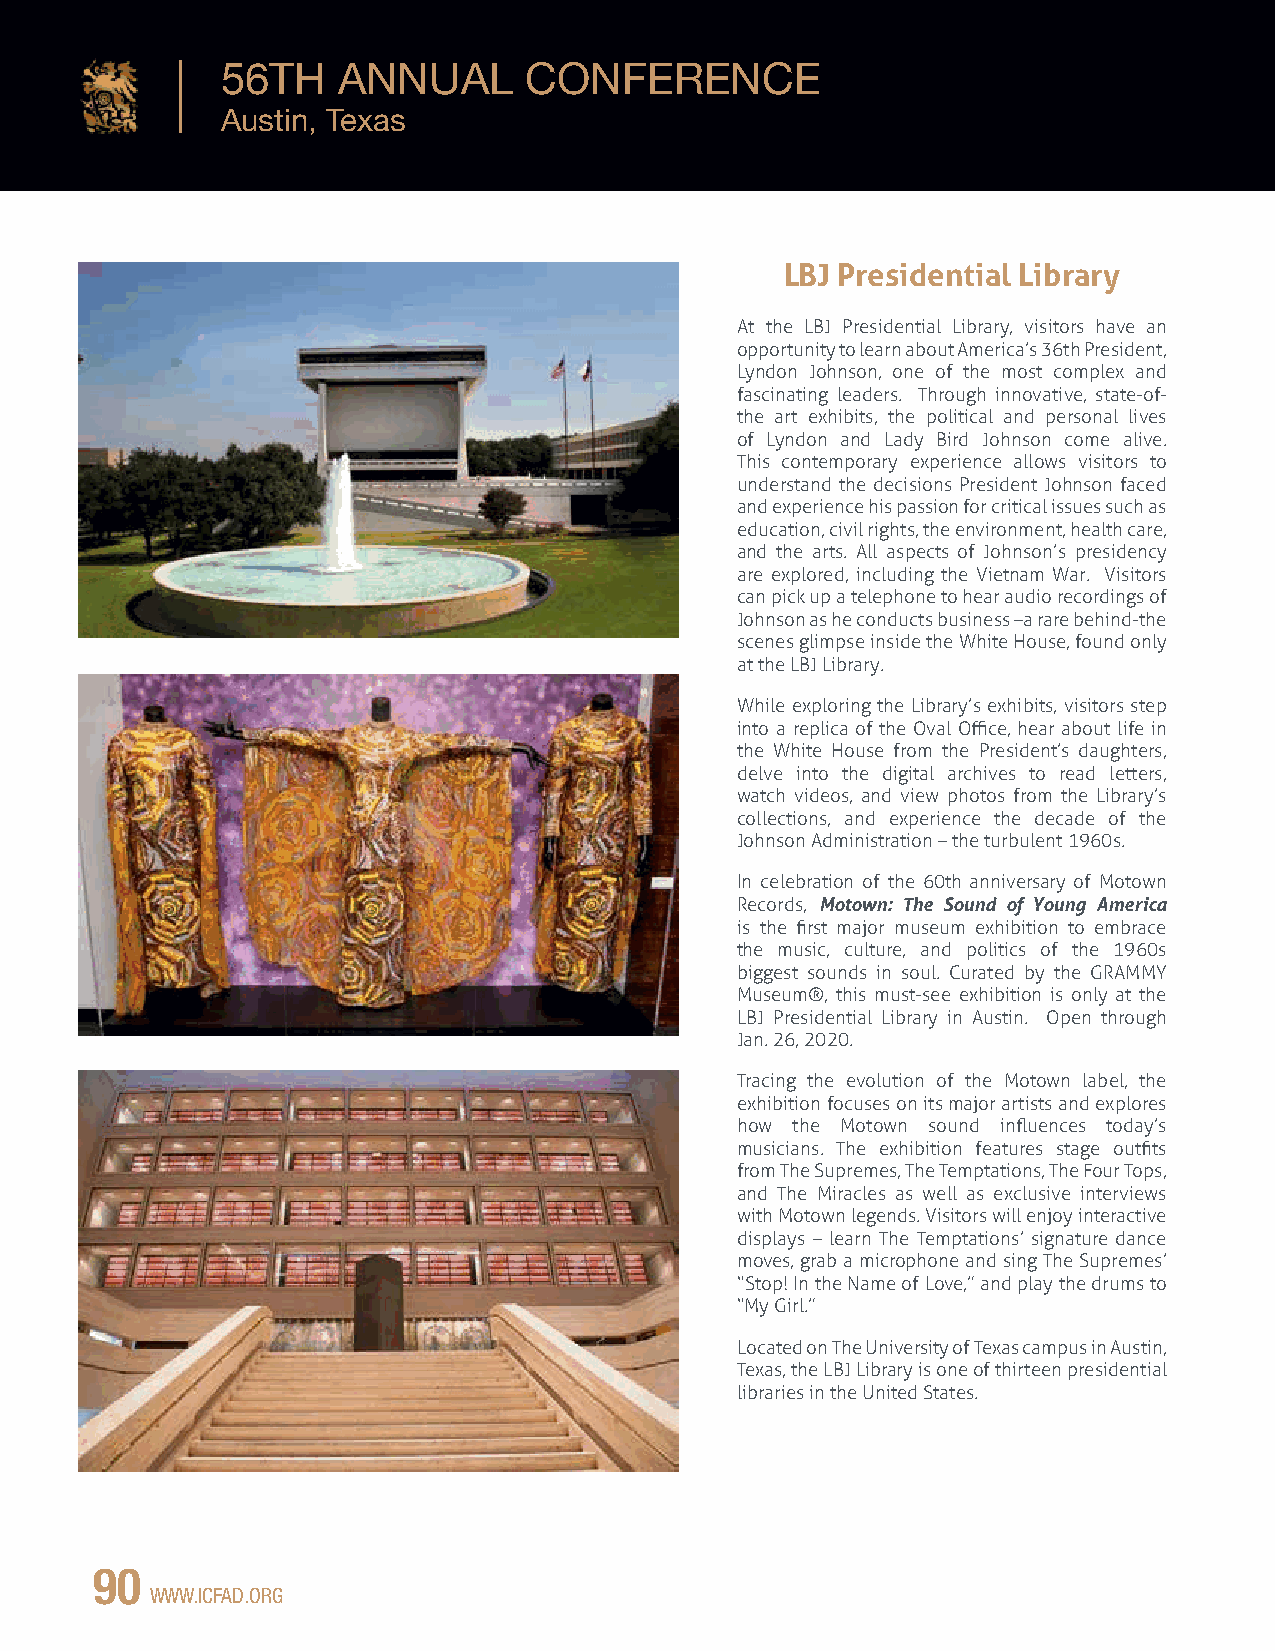
56TH   ANNUAL       CONFERENCE
 Austin, Texas
 LBJ Presidential Library
 At the LBJ Presidential Library, visitors have an
 opportunity to learn about America’s 36th President,
 Lyndon Johnson, one of the most complex and
 fascinating leaders. Through innovative, state-of-
 the art exhibits, the political and personal lives
 of Lyndon and Lady Bird Johnson come alive.
 This contemporary experience allows visitors to
 understand the decisions President Johnson faced
 and experience his passion for critical issues such as
 education, civil rights, the environment, health care,
 and the arts. All aspects of Johnson’s presidency
 are explored, including the Vietnam War. Visitors
 can pick up a telephone to hear audio recordings of
 Johnson as he conducts business –a rare behind-the
 scenes glimpse inside the White House, found only
 at the LBJ Library.
 While exploring the Library’s exhibits, visitors step
 into a replica of the Oval Office, hear about life in
 the White House from the President’s daughters,
 delve into the digital archives to read letters,
 watch videos, and view photos from the Library’s
 collections, and experience the decade of the
 Johnson Administration – the turbulent 1960s.
 In celebration of the 60th anniversary of Motown
 Records, Motown: The Sound of Young America
 is the first major museum exhibition to embrace
 the music, culture, and politics of the 1960s
 biggest sounds in soul. Curated by the GRAMMY
 Museum®, this must-see exhibition is only at the
 LBJ Presidential Library in Austin. Open through
 Jan. 26, 2020.
 Tracing the evolution of the Motown label, the
 exhibition focuses on its major artists and explores
 how the Motown sound influences today’s
 musicians. The exhibition features stage outfits
 from The Supremes, The Temptations, The Four Tops,
 and The Miracles as well as exclusive interviews
 with Motown legends. Visitors will enjoy interactive
 displays – learn The Temptations’ signature dance
 moves, grab a microphone and sing The Supremes’
 “Stop! In the Name of Love,” and play the drums to
 “My Girl.”
 Located on The University of Texas campus in Austin,
 Texas, the LBJ Library is one of thirteen presidential
 libraries in the United States.
 90
 WWW.ICFAD.ORG